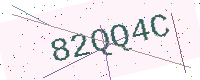
Text: 82QQ4C